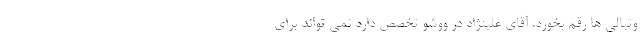
وتبالی ها رقم بخورد. آقای علینژاد در ووشو تخصص دارد نمی تواند برای